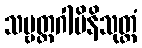
သဗ္ဗတ္ထဂါမိနိသုတ္တံ